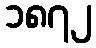
၁၈၇၂